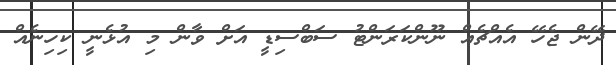
ދޭން ޖެހޭ އެއްޗެއް ނޫންކަރަންޓު ސަބްސިޑީ އަށް ވާން މި އުޅެނީ ކިހިނެއް